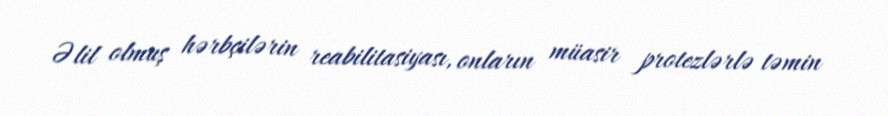
Əlil olmuş hərbçilərin reabilitasiyası, onların müasir protezlərlə təmin